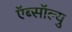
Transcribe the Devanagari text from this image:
ऍब्सॉल्यु